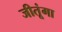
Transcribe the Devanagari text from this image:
जीतूंगा